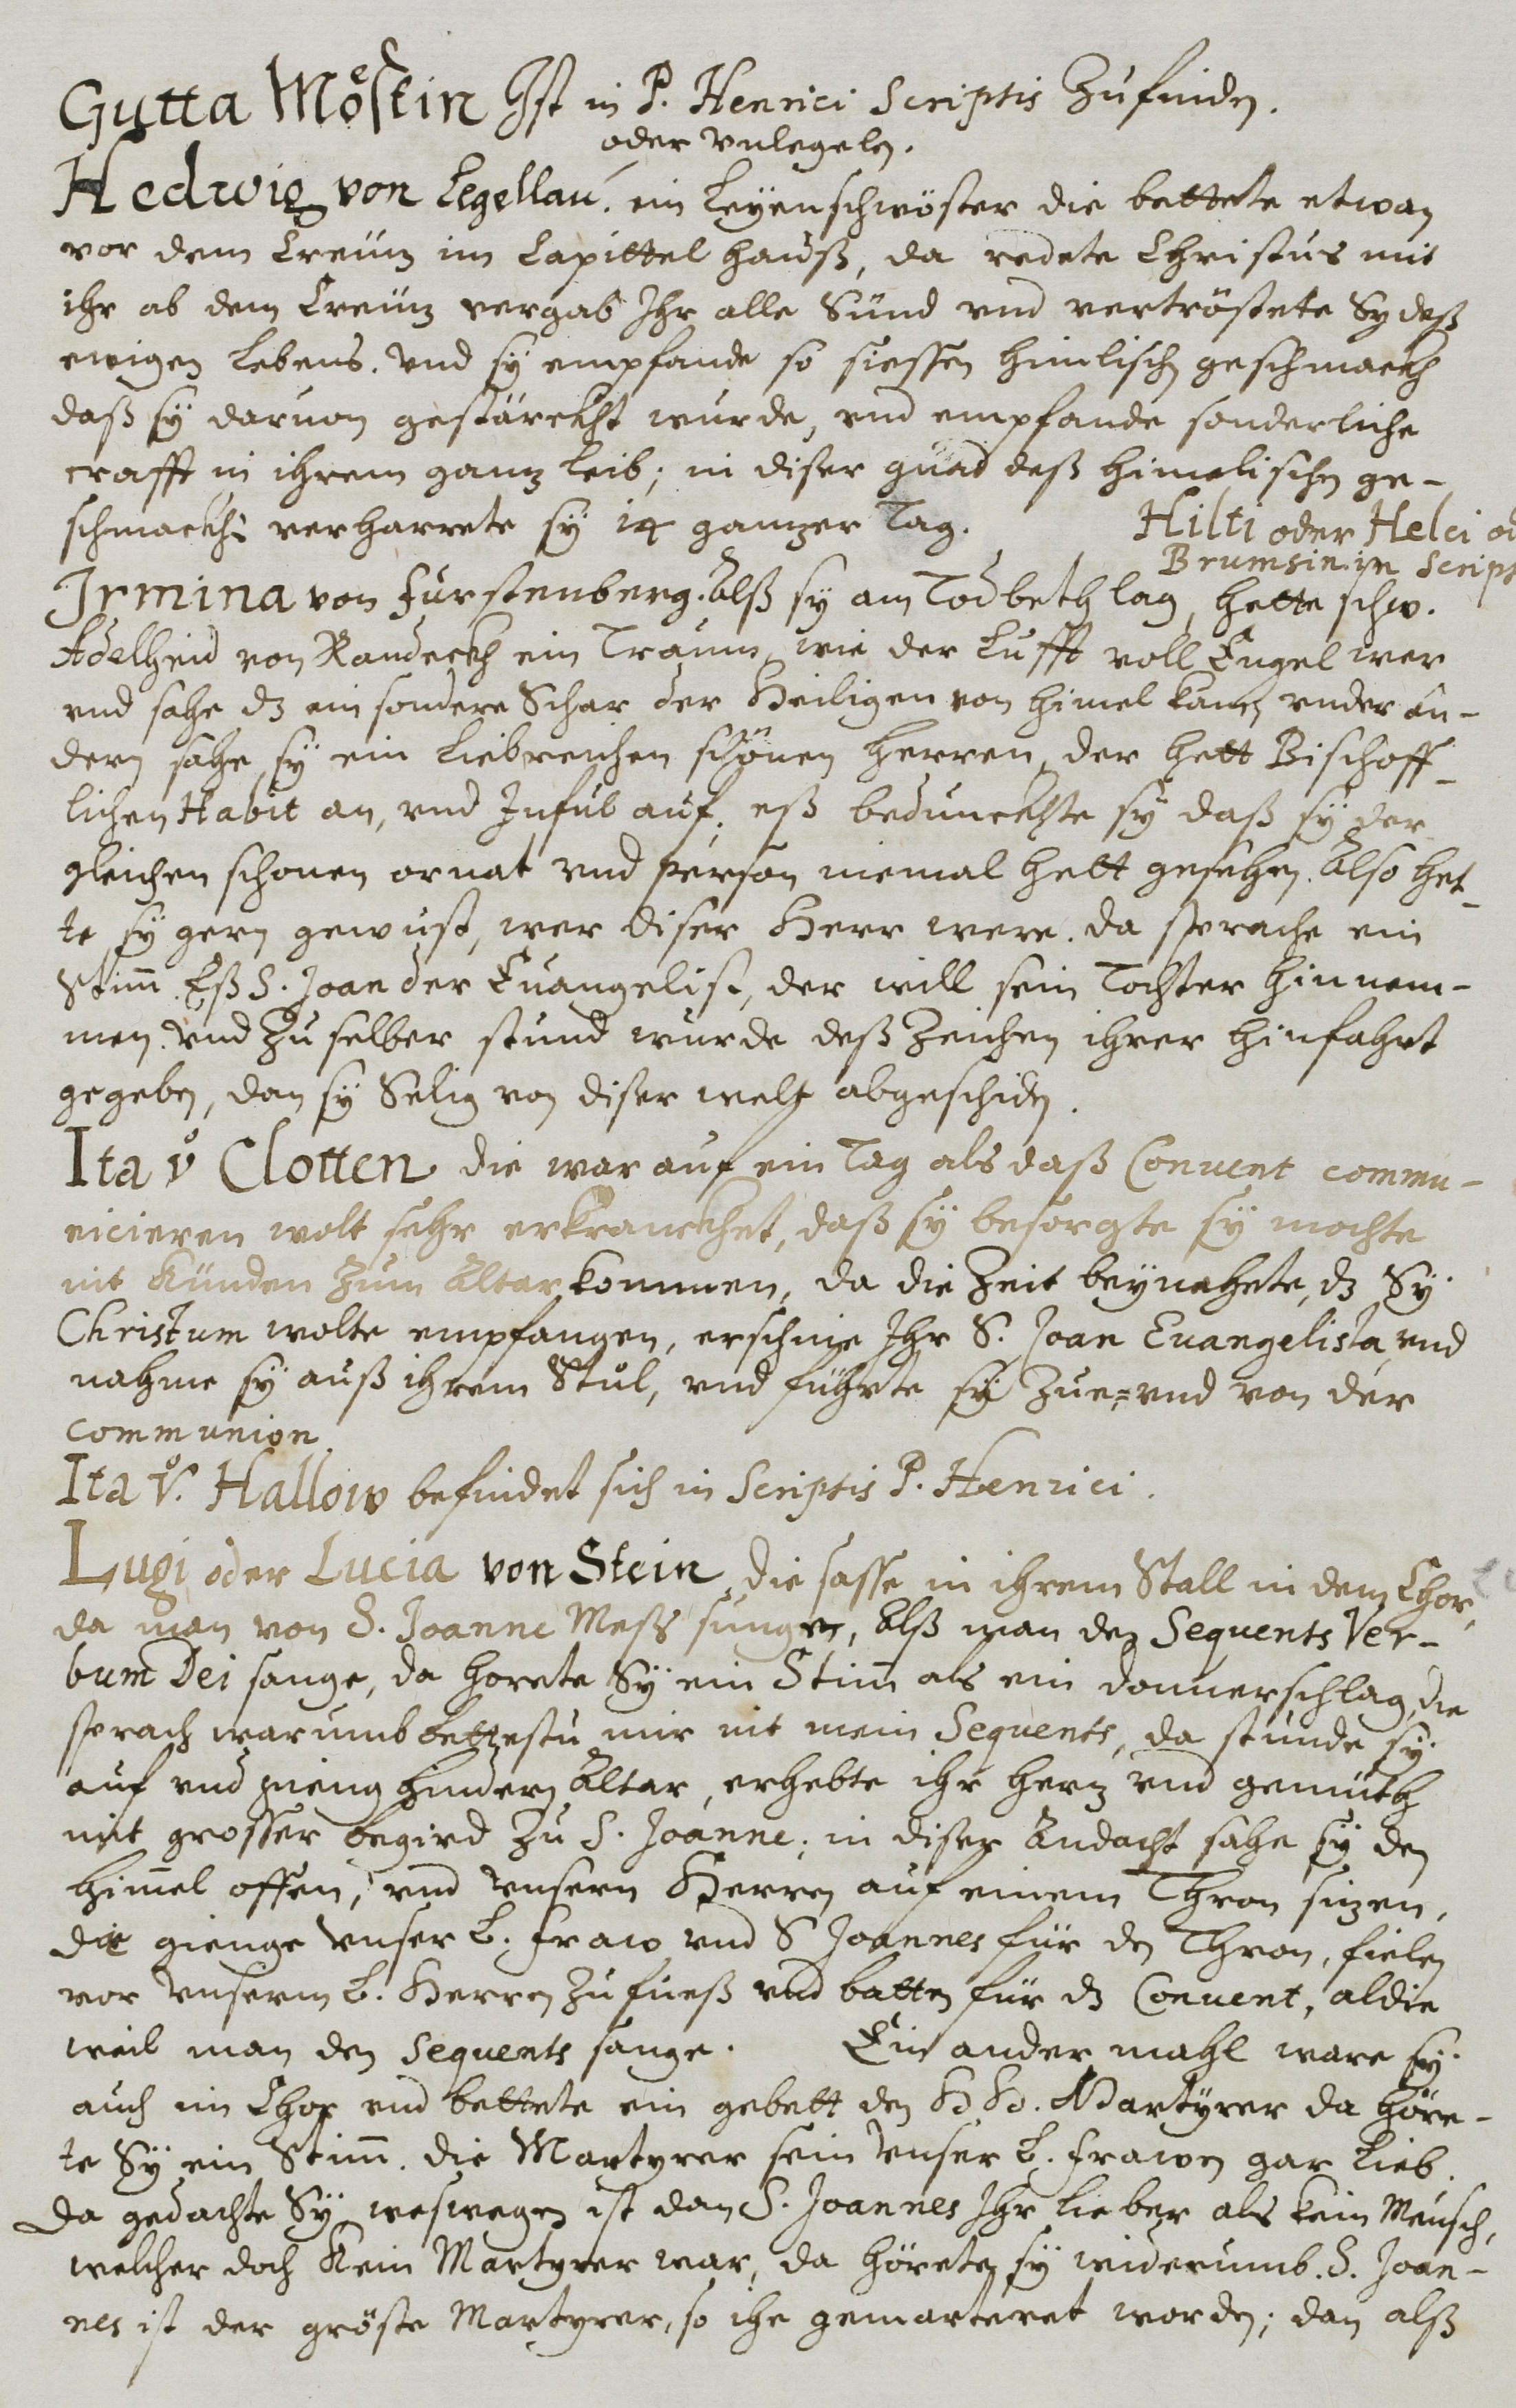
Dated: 1614–1638